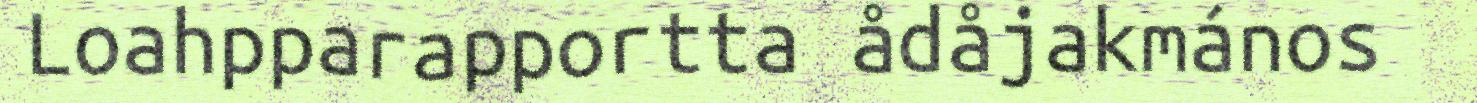
Loahpparapportta ådåjakmános